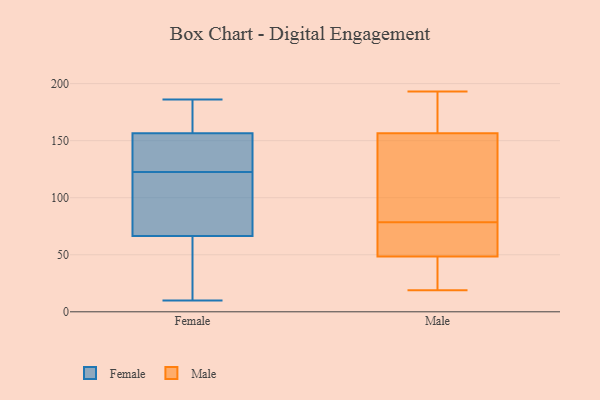
{"axis": {"x": "Inventory Turnover", "y": "Value"}, "legend": ["Female", "Male"], "data": [{"x": "", "y": 127, "type": "Female"}, {"x": "", "y": 186, "type": "Female"}, {"x": "", "y": 110, "type": "Female"}, {"x": "", "y": 52, "type": "Female"}, {"x": "", "y": 32, "type": "Female"}, {"x": "", "y": 162, "type": "Female"}, {"x": "", "y": 36, "type": "Female"}, {"x": "", "y": 118, "type": "Female"}, {"x": "", "y": 138, "type": "Female"}, {"x": "", "y": 167, "type": "Female"}, {"x": "", "y": 84, "type": "Female"}, {"x": "", "y": 81, "type": "Female"}, {"x": "", "y": 10, "type": "Female"}, {"x": "", "y": 139, "type": "Female"}, {"x": "", "y": 151, "type": "Female"}, {"x": "", "y": 181, "type": "Female"}, {"x": "", "y": 181, "type": "Male"}, {"x": "", "y": 19, "type": "Male"}, {"x": "", "y": 70, "type": "Male"}, {"x": "", "y": 32, "type": "Male"}, {"x": "", "y": 33, "type": "Male"}, {"x": "", "y": 172, "type": "Male"}, {"x": "", "y": 141, "type": "Male"}, {"x": "", "y": 64, "type": "Male"}, {"x": "", "y": 84, "type": "Male"}, {"x": "", "y": 193, "type": "Male"}, {"x": "", "y": 73, "type": "Male"}, {"x": "", "y": 103, "type": "Male"}]}